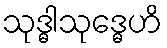
သုဒ္ဓါသုဒ္ဓေဟိ